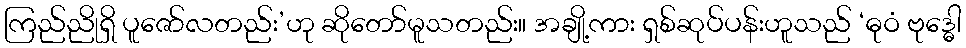
ကြည်ညိုရှိ ပူဇော်လတည်း’ဟု ဆိုတော်မူသတည်း။ အချို့ကား ရှစ်ဆုပ်ပန်းဟူသည် ‘ဓုဝံ ဗုဒ္ဓေါ